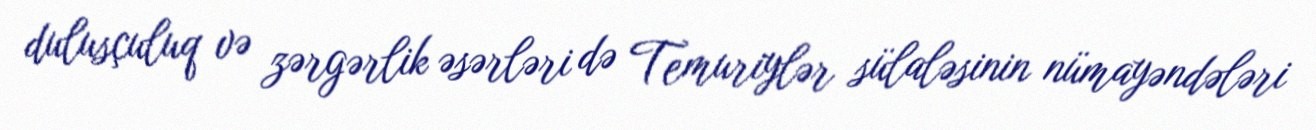
dulusçuluq və zərgərlik əsərləri də Temuriylər sülaləsinin nümayəndələri